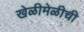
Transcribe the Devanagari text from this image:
खेळीमेळीची